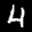
Label: 4